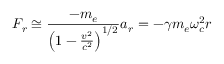
F _ { r } \cong \frac { - m _ { e } } { \left( 1 - \frac { v ^ { 2 } } { c ^ { 2 } } \right) ^ { 1 / 2 } } a _ { r } = - \gamma m _ { e } \omega _ { c } ^ { 2 } r